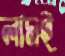
লামই